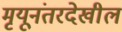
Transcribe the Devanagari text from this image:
मृयूनंतरदेखील